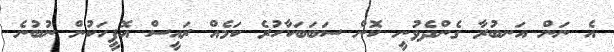
އެ ނަން އަނބުރާ ގެންދެވުނީ ކޮން ސަބަބަކާހުރެ ކަމެއް ރައީސް އޮފީހަކުން ނުބުނެ